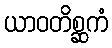
ယာဝတိစ္ဆကံ